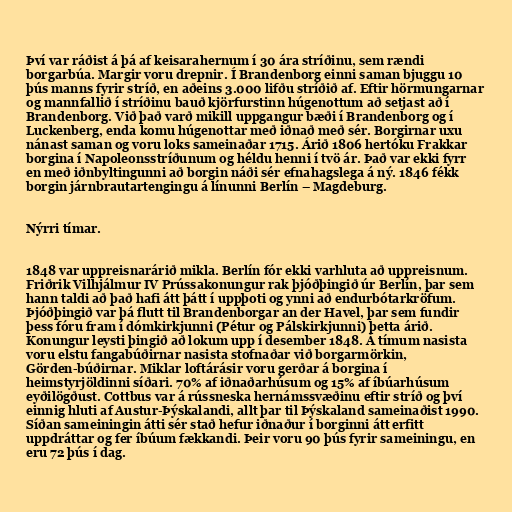
Því var ráðist á þá af keisarahernum í 30 ára stríðinu, sem rændi
borgarbúa. Margir voru drepnir. Í Brandenborg einni saman bjuggu 10
þús manns fyrir stríð, en aðeins 3.000 lifðu stríðið af. Eftir hörmungarnar
og mannfallið í stríðinu bauð kjörfurstinn húgenottum að setjast að í
Brandenborg. Við það varð mikill uppgangur bæði í Brandenborg og í
Luckenberg, enda komu húgenottar með iðnað með sér. Borgirnar uxu
nánast saman og voru loks sameinaðar 1715. Árið 1806 hertóku Frakkar
borgina í Napoleonsstríðunum og héldu henni í tvö ár. Það var ekki fyrr
en með iðnbyltingunni að borgin náði sér efnahagslega á ný. 1846 fékk
borgin járnbrautartengingu á línunni Berlín – Magdeburg.

Nýrri tímar.

1848 var uppreisnarárið mikla. Berlín fór ekki varhluta að uppreisnum.
Friðrik Vilhjálmur IV Prússakonungur rak þjóðþingið úr Berlín, þar sem
hann taldi að það hafi átt þátt í uppþoti og ynni að endurbótarkröfum.
Þjóðþingið var þá flutt til Brandenborgar an der Havel, þar sem fundir
þess fóru fram í dómkirkjunni (Pétur og Pálskirkjunni) þetta árið.
Konungur leysti þingið að lokum upp í desember 1848. Á tímum nasista
voru elstu fangabúðirnar nasista stofnaðar við borgarmörkin,
Görden-búðirnar. Miklar loftárásir voru gerðar á borgina í
heimstyrjöldinni síðari. 70% af iðnaðarhúsum og 15% af íbúarhúsum
eyðilögðust. Cottbus var á rússneska hernámssvæðinu eftir stríð og því
einnig hluti af Austur-Þýskalandi, allt þar til Þýskaland sameinaðist 1990.
Síðan sameiningin átti sér stað hefur iðnaður í borginni átt erfitt
uppdráttar og fer íbúum fækkandi. Þeir voru 90 þús fyrir sameiningu, en
eru 72 þús í dag.